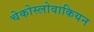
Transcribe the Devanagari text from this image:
चेकोस्लोवाकियन